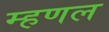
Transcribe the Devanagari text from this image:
म्हणल